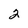
Character: 2